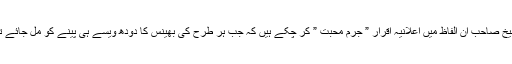
ماں باپ کے شرمیلے اور مشرف جی کے رنگیلے شیخ صاحب ان الفاظ میں اعلانیہ اقرار ” جرم محبت ” کر چکے ہیں کہ جب ہر طرح کی بھینس کا دودھ ویسے ہی پینے کو مل جائے تو پھر گھر میں بھینس باندھنے کی کیا ضرورت ہے۔